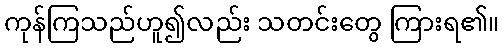
ကုန်ကြသည်ဟူ၍လည်း သတင်းတွေ ကြားရ၏။